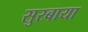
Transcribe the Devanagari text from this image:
सुरबाया